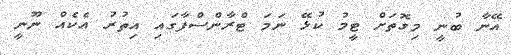
އޭނާ ބުނީ މިގޮތަށް ޓީމު ކުޅޭ ނަމަ ޓްރާންސްފާގައި އިތުރު އެކެއް ނޫނީ